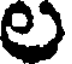
ల